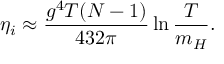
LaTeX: \eta _ { i } \approx \frac { g ^ { 4 } T ( N - 1 ) } { 4 3 2 \pi } \ln \frac T { m _ { H } } .